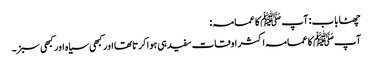
چھٹا باب : آپ ﷺ کا عمامہ :
آپ ﷺ کا عمامہ اکثر اوقات سفید ہی ہوا کرتاتھا اور کبھی سیاہ اور کبھی سبز۔